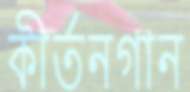
কীর্তনগান